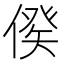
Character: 𠋳